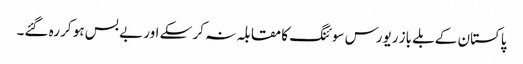
پاکستان کے بلے باز ریورس سوئنگ کا مقابلہ نہ کر سکے اور بے بس ہو کر رہ گئے۔